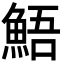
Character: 鯃